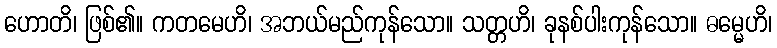
ဟောတိ၊ ဖြစ်၏။ ကတမေဟိ၊ အဘယ်မည်ကုန်သော။ သတ္တဟိ၊ ခုနစ်ပါးကုန်သော။ ဓမ္မေဟိ၊